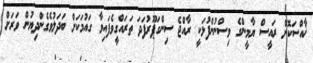
ޚާއްސަކޮށް ރައީސް ޔާމީންގެ ވިސްނުންފުޅަކީ ރާއްޖެ ސިންގަޕޫރުފަދަ ތަރައްގީވެފައިވާ ގައުމަކަށް ބަދަލުވެގެންދިޔުން ވަރަށް